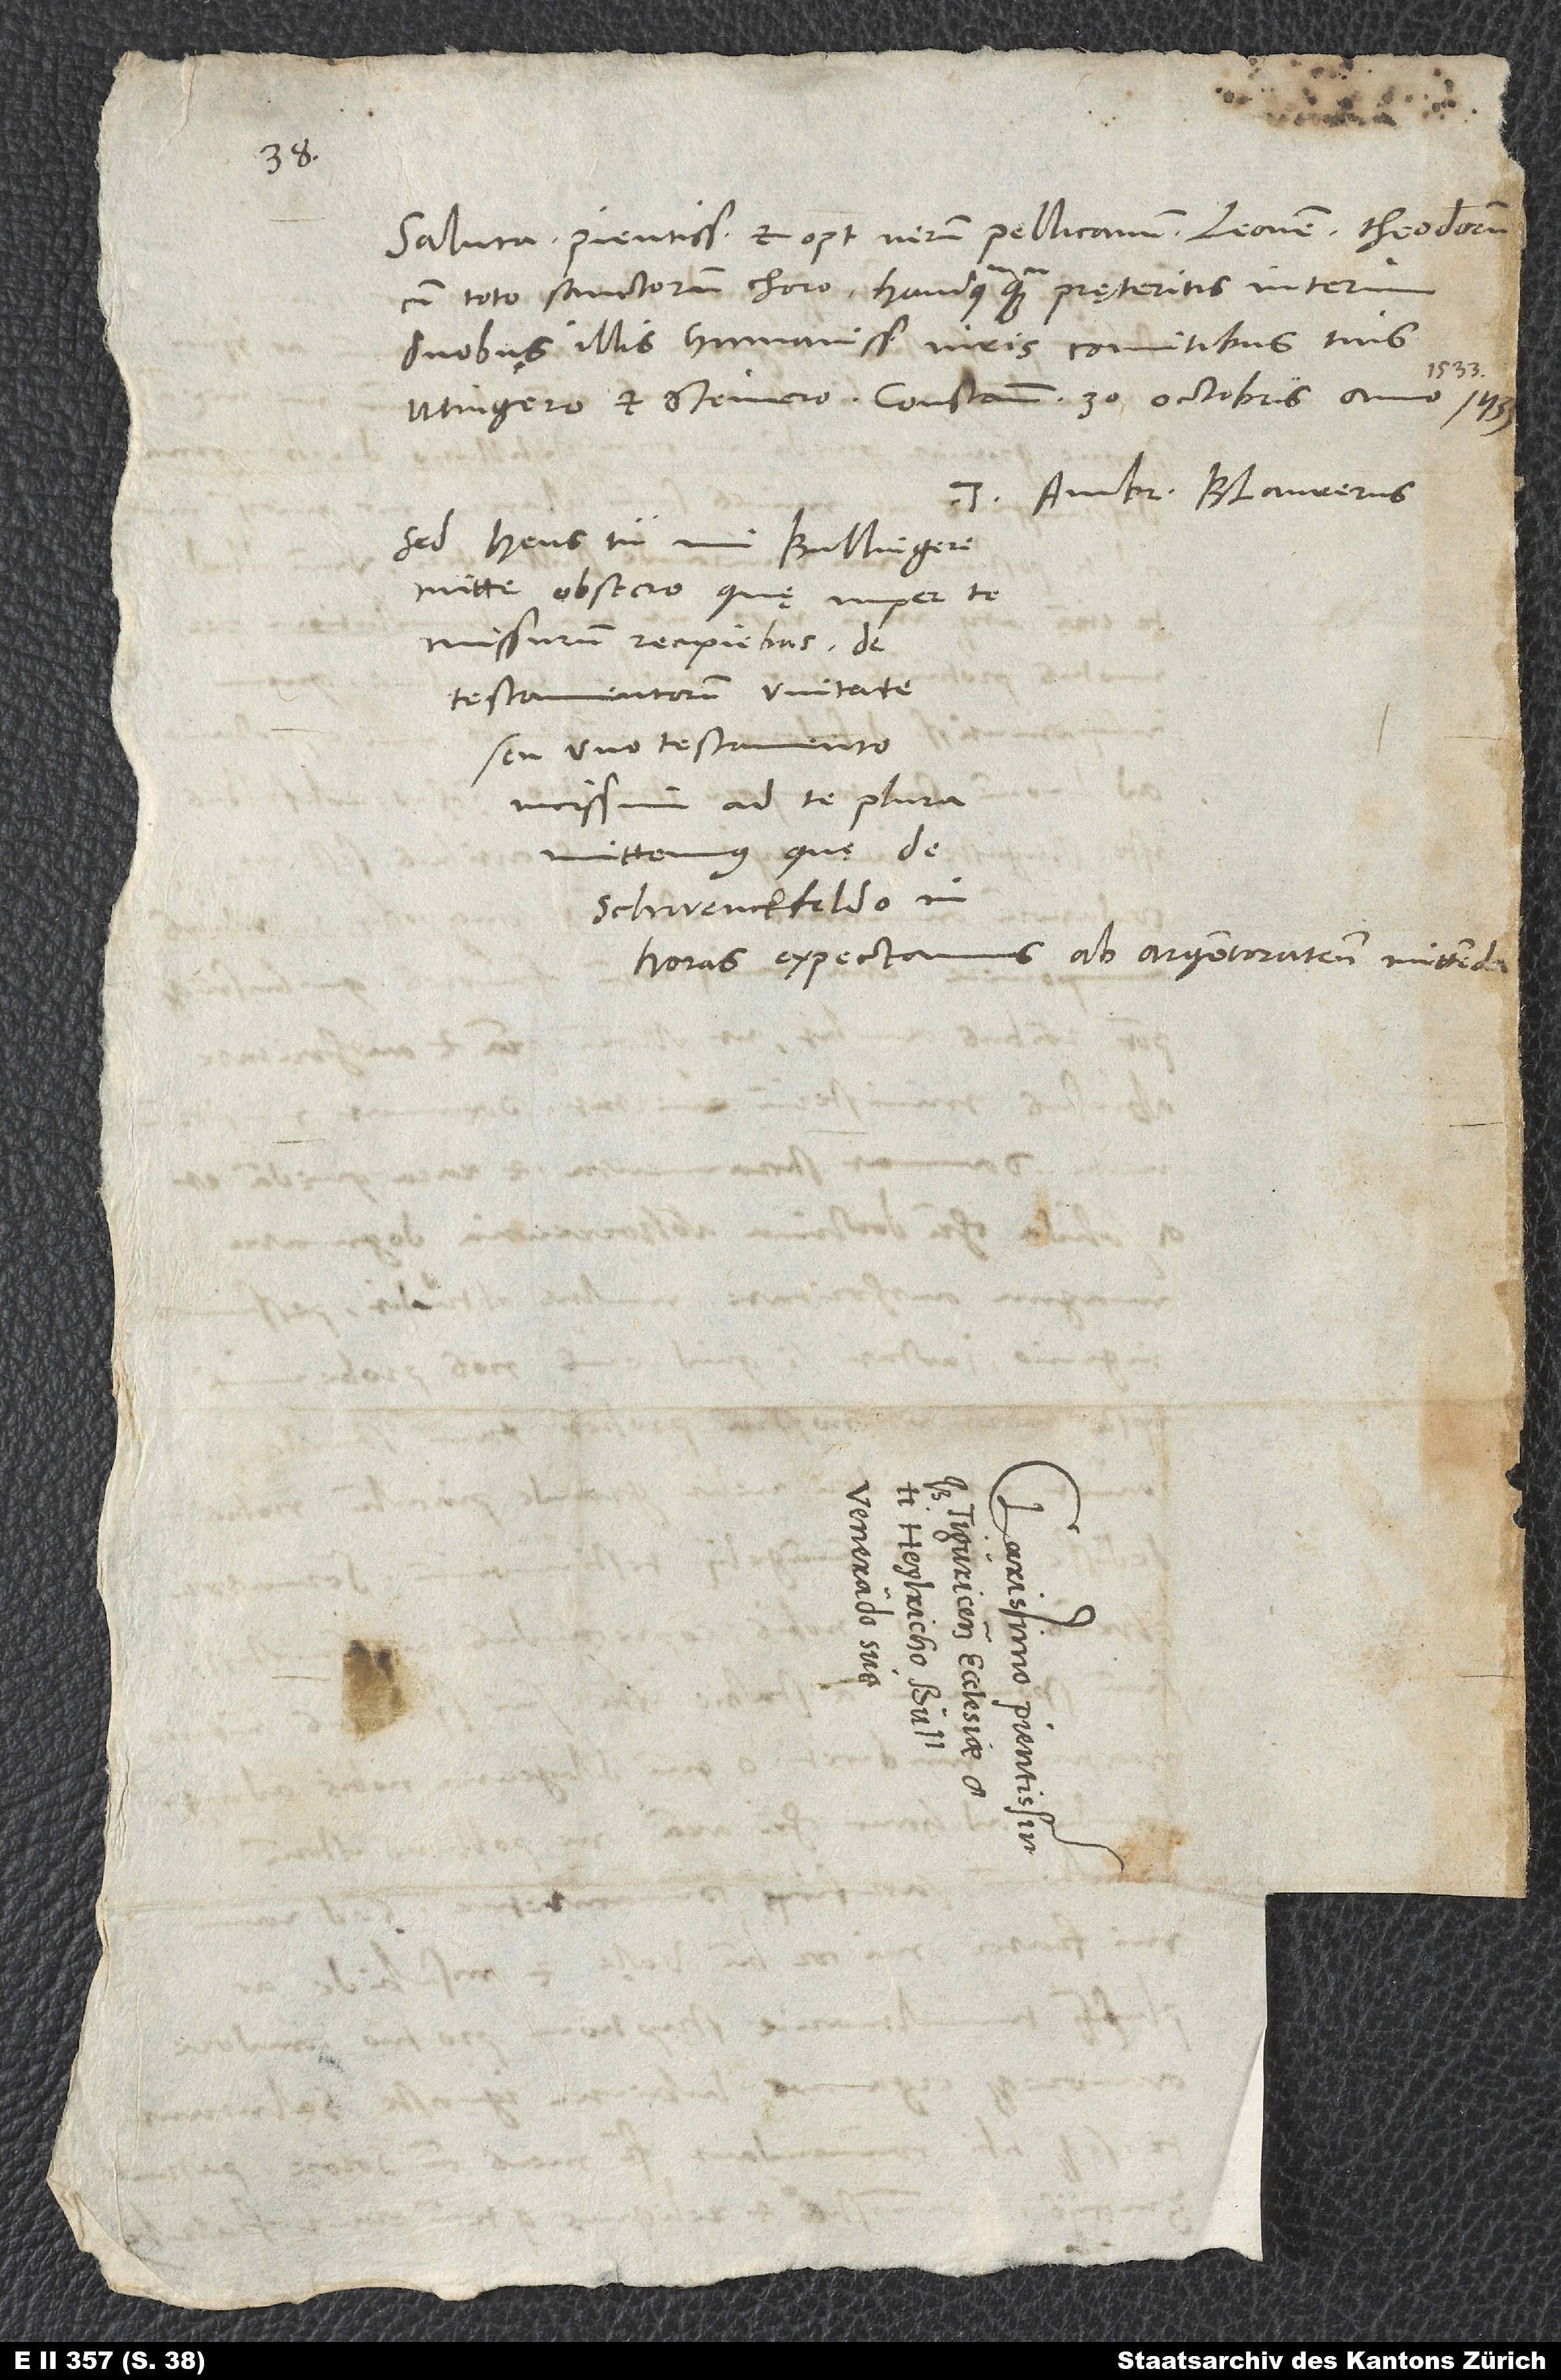
Saluta pientissimum et optimum virum Pellicanum, Leonem, Theodorum
cum toto sanctorum choro haudquaquam pręteritis interim
duobus illis humanissimis viris, comitibus tuis,
1533.
Tuus Ambr. Blaurerus.
Sed heus tu, mi Bullingere,
mitte, obsecro, quę nuper te
missurum recipiebas de
testamentorum unitate
seu uno testamento.
Vicissim ad te plura
mittemus, quę de
Schwenckfeldo in
horas expectamus ab Argentoratensibus mittenda.